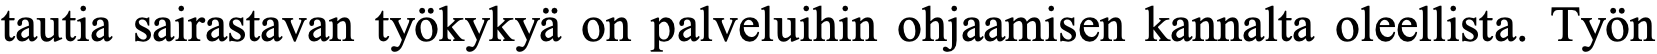
tautia sairastavan työkykyä on palveluihin ohjaamisen kannalta oleellista. Työn